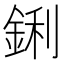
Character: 鋓